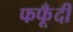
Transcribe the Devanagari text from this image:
फफूँदीं